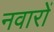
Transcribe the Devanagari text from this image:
नवारों